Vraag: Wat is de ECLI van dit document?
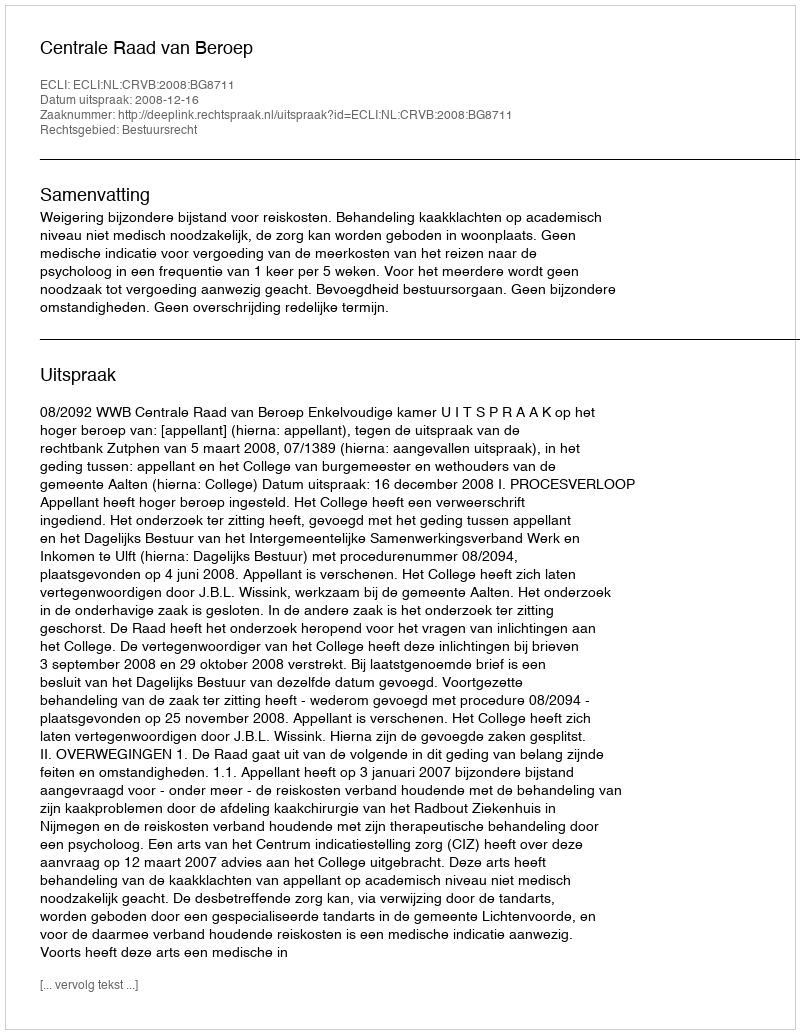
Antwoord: ECLI:NL:CRVB:2008:BG8711